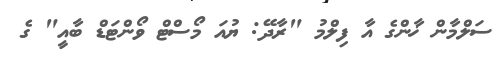
ސަލްމާން ޚާންގެ އާ ފިލްމު "ރާދޭ: ޔުއަ މޯސްޓް ވޯންޓަޑް ބާއީ" ގެ